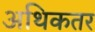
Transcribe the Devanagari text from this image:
अथिकतर